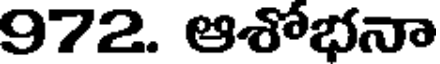
972. ఆశోభనా